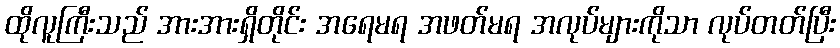
ထိုလူကြီးသည် အားအားရှိတိုင်း အရေမရ အဖတ်မရ အလုပ်များကိုသာ လုပ်တတ်ပြီး